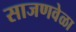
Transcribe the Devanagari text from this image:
साजणवेळा